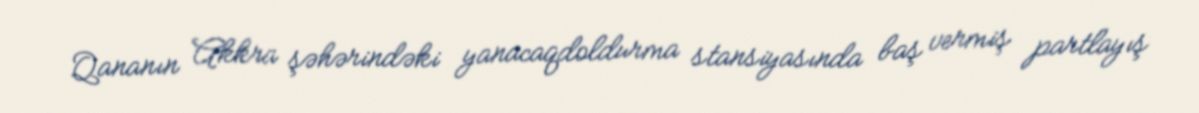
Qananın Akkra şəhərindəki yanacaqdoldurma stansiyasında baş vermiş partlayış